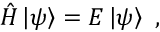
{ \hat { H } } \left| \psi \right\rangle = E \left| \psi \right\rangle ~ ,